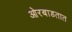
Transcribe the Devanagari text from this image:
ओरबाडतात